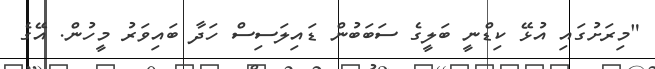
"މިރަށުގައި އުޅޭ ކިޑްނީ ބަލީގެ ސަބަބުން ޑައިލަސިސް ހަދާ ބައިވަރު މީހުން. އޭގެ